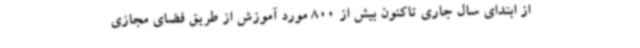
از ابتدای سال جاری تاکنون بیش از 800 مورد آموزش از طریق فضای مجازی